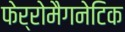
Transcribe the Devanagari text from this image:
फेर्रोमैगनेटिक